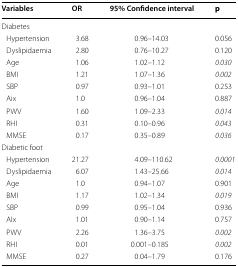
<table><thead><tr><td><b>Variables</b></td><td><b>OR</b></td><td><b>95% Confidence interval</b></td><td><b>p</b></td></tr></thead><tbody><tr><td colspan="4">Diabetes</td></tr><tr><td> Hypertension</td><td>3.68</td><td>0.96–14.03</td><td>0.056</td></tr><tr><td> Dyslipidaemia</td><td>2.80</td><td>0.76–10.27</td><td>0.120</td></tr><tr><td> Age</td><td>1.06</td><td>1.02–1.12</td><td><i>0.030</i></td></tr><tr><td> BMI</td><td>1.21</td><td>1.07–1.36</td><td><i>0.002</i></td></tr><tr><td> SBP</td><td>0.97</td><td>0.93–1.01</td><td>0.253</td></tr><tr><td> Aix</td><td>1.0</td><td>0.96–1.04</td><td>0.887</td></tr><tr><td> PWV</td><td>1.60</td><td>1.09–2.33</td><td><i>0.014</i></td></tr><tr><td> RHI</td><td>0.31</td><td>0.10–0.96</td><td><i>0.043</i></td></tr><tr><td> MMSE</td><td>0.17</td><td>0.35–0.89</td><td><i>0.036</i></td></tr><tr><td colspan="4">Diabetic foot</td></tr><tr><td> Hypertension</td><td>21.27</td><td>4.09–110.62</td><td><i>0.0001</i></td></tr><tr><td> Dyslipidaemia</td><td>6.07</td><td>1.43–25.66</td><td><i>0.014</i></td></tr><tr><td> Age</td><td>1.0</td><td>0.94–1.07</td><td>0.901</td></tr><tr><td> BMI</td><td>1.17</td><td>1.02–1.34</td><td><i>0.019</i></td></tr><tr><td> SBP</td><td>0.99</td><td>0.95–1.04</td><td>0.936</td></tr><tr><td> AIx</td><td>1.01</td><td>0.90–1.14</td><td>0.757</td></tr><tr><td> PWV</td><td>2.26</td><td>1.36–3.75</td><td><i>0.002</i></td></tr><tr><td> RHI</td><td>0.01</td><td>0.001–0.185</td><td><i>0.002</i></td></tr><tr><td> MMSE</td><td>0.27</td><td>0.04–1.79</td><td>0.176</td></tr></tbody></table>